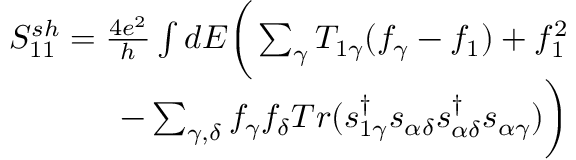
\begin{array} { r } { { S _ { 1 1 } ^ { s h } = \frac { 4 e ^ { 2 } } { h } \int d E \bigg ( \sum _ { \gamma } T _ { 1 \gamma } ( f _ { \gamma } - f _ { 1 } ) + f _ { 1 } ^ { 2 } } } \\ { { - \sum _ { \gamma , \delta } f _ { \gamma } f _ { \delta } T r ( s _ { 1 \gamma } ^ { \dagger } s _ { \alpha \delta } s _ { \alpha \delta } ^ { \dagger } s _ { \alpha \gamma } ) \bigg ) } } \end{array}